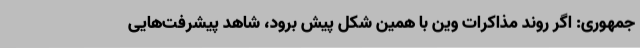
جمهوری: اگر روند مذاکرات وین با همین شکل پیش برود، شاهد پیشرفت‌هایی